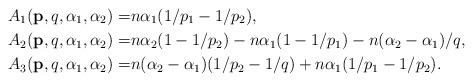
LaTeX: \begin{align*} A_1(\mathbf{p},q,\alpha_1,\alpha_2)=& n\alpha_1(1/p_1-1/p_2), \\ A_2(\mathbf{p},q,\alpha_1,\alpha_2)=& n\alpha_{2}(1-1/p_{2})-n\alpha _{1}(1-1/p_{1})-n(\alpha _{2}-\alpha _{1})/q, \\ A_3(\mathbf{p},q,\alpha_1,\alpha_2)=& n(\alpha_2-\alpha_1)(1/p_2-1/q)+n\alpha_1(1/p_1-1/p_2). \end{align*}